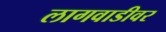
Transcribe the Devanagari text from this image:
लागवाडीवर